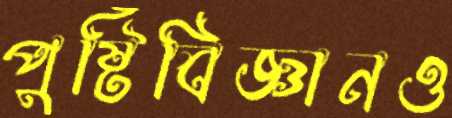
পুষ্টিবিজ্ঞানও